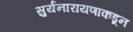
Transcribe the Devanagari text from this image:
सुर्यनारायणाकडून